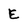
Character: E